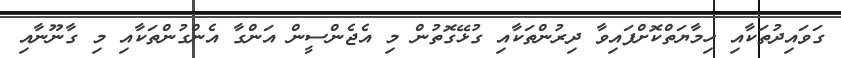
ގަވައިދުތަކާއި ހިމާޔަތްކޮށްފައިވާ ދިރުންތަކާއި ގުޅޭގޮތުން މި އެޖެންސީން އަންގާ އެންގުންތަކާއި މި ގާނޫނާއި